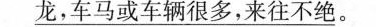
龙，车马或车辆很多，来往不绝。